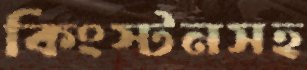
কিংস্টনসহ